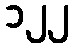
၁၂၂